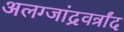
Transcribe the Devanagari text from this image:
अलग्जांद्रवर्त्रांद